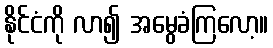
နိုင်ငံကို လာ၍ အမွေခံကြလော့။